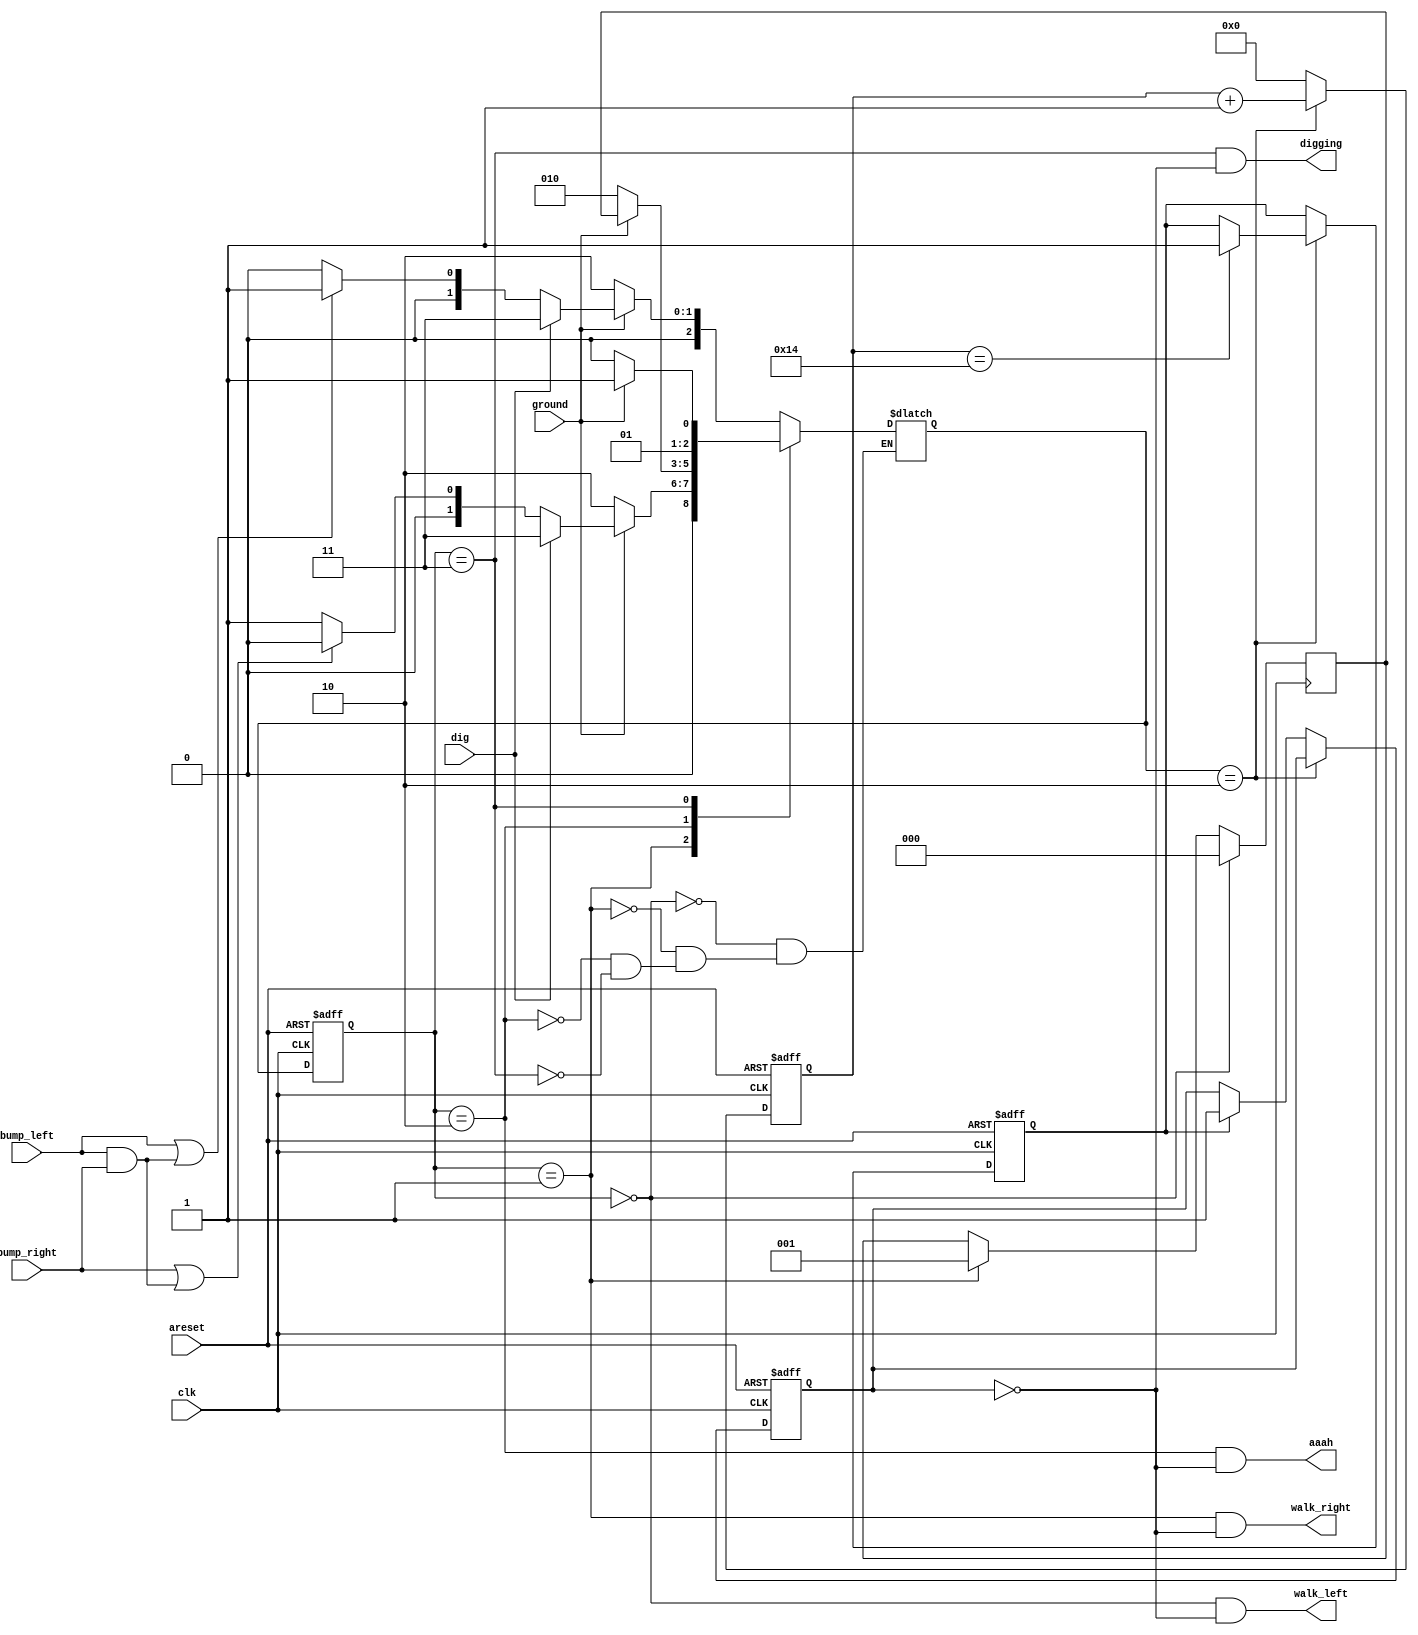
module top_module(
    input clk,
    input areset,    // Freshly brainwashed Lemmings walk left.
    input bump_left,
    input bump_right,
    input ground,
    input dig,
    output walk_left,
    output walk_right,
    output aaah,
    output digging ); 

    parameter LEFT=0, RIGHT=1, FALLING=2, DIGGING=3; 
    reg [2:0] state, next_state, save_state;

    always @(*) begin
        // State transition logic
        case (state)
            LEFT: begin
                if(~ground) next_state = FALLING;
                else if(dig) next_state = DIGGING;
            	else if((bump_left|(bump_left&bump_right))) next_state = RIGHT; 
            	else next_state = LEFT;
            end
            RIGHT: begin
                if(~ground) next_state = FALLING;
                else if(dig) next_state = DIGGING;
            	else if((bump_right|(bump_left&bump_right))) next_state = LEFT; 
            	else next_state = RIGHT;
            end
            FALLING: if(ground) next_state = save_state;
            else next_state = FALLING;
            DIGGING: if(~ground) next_state = FALLING;
            else next_state = DIGGING;
        endcase
    end
    
    always @(posedge clk) begin
        if(state == LEFT)
            save_state = LEFT;
        else if(state == RIGHT)
            save_state = RIGHT;
    end
    
    reg isSplatter;
    reg [5:0] counter;
    reg splatter;
    /*
    always @(*) begin
        if(state!=FALLING&isSplatter)
            
    end*/
    
    always @(posedge clk, posedge areset) begin
        if(areset) begin
            counter <= 0;
            splatter <= 0;
            isSplatter = 0;
        end else if(next_state == FALLING) begin
            counter <= counter + 1;
            if(counter == 5'd20)
                isSplatter = 1;
        end else begin
            counter <= 0;
            if(isSplatter)
                splatter <= 1;
        end 
    end

    always @(posedge clk, posedge areset) begin
        // State flip-flops with asynchronous reset
        if(areset) begin
            state = LEFT;
        end else begin
            state = next_state;
        end
    end
    

    // Output logic
    assign walk_left = (state == LEFT)&~splatter;
    assign walk_right = (state == RIGHT)&~splatter;
    assign aaah = (state == FALLING)&~splatter;
    assign digging = (state == DIGGING)&~splatter;
    
endmodule